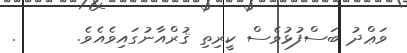
ވަޢްދު ބަސްފުޅުވެސް ކީރިތި ޤުރްއާނުގައިވެއެވެ.      .